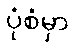
ပုံစံမှာ